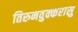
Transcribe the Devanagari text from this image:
तिरुनवुक्करासु